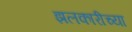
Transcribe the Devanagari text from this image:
झलकारीच्या